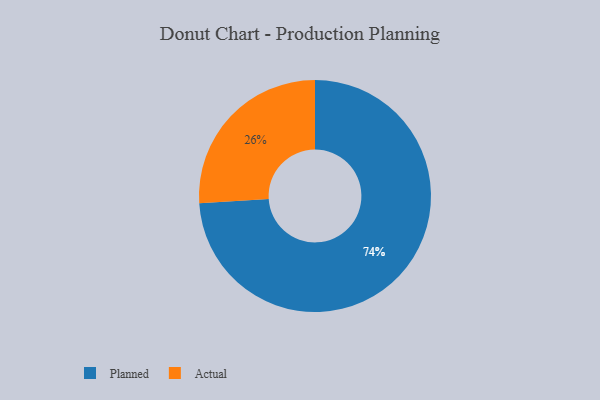
{"axis": {"x": "Category", "y": "Percentage"}, "legend": ["Actual", "Planned"], "data": [{"x": "Planned", "y": 74, "type": "Planned"}, {"x": "Actual", "y": 26, "type": "Actual"}]}